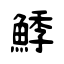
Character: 鯚